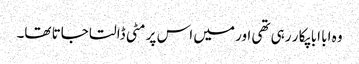
وہ ابا ابا پکا ر رہی تھی اور میں اس پر مٹی ڈالتا جاتا تھا۔